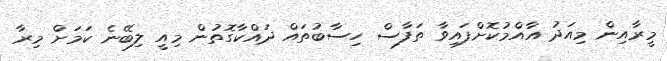
މީރާއިން މިއަދު އާއްމުކޮށްފައިވާ ތަފާސް ހިސާބުތައް ދައްކާގޮތުން މިއީ ލިބޭނެ ކަމަށް މިރާ